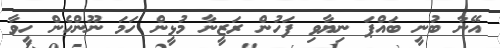
އޭނާ ބުނީ ބައްޕަ ނިޔާވި ފަހުން ރަޒީނާ މުޅީން ހަމަ ނޫންހެން ހީވާ